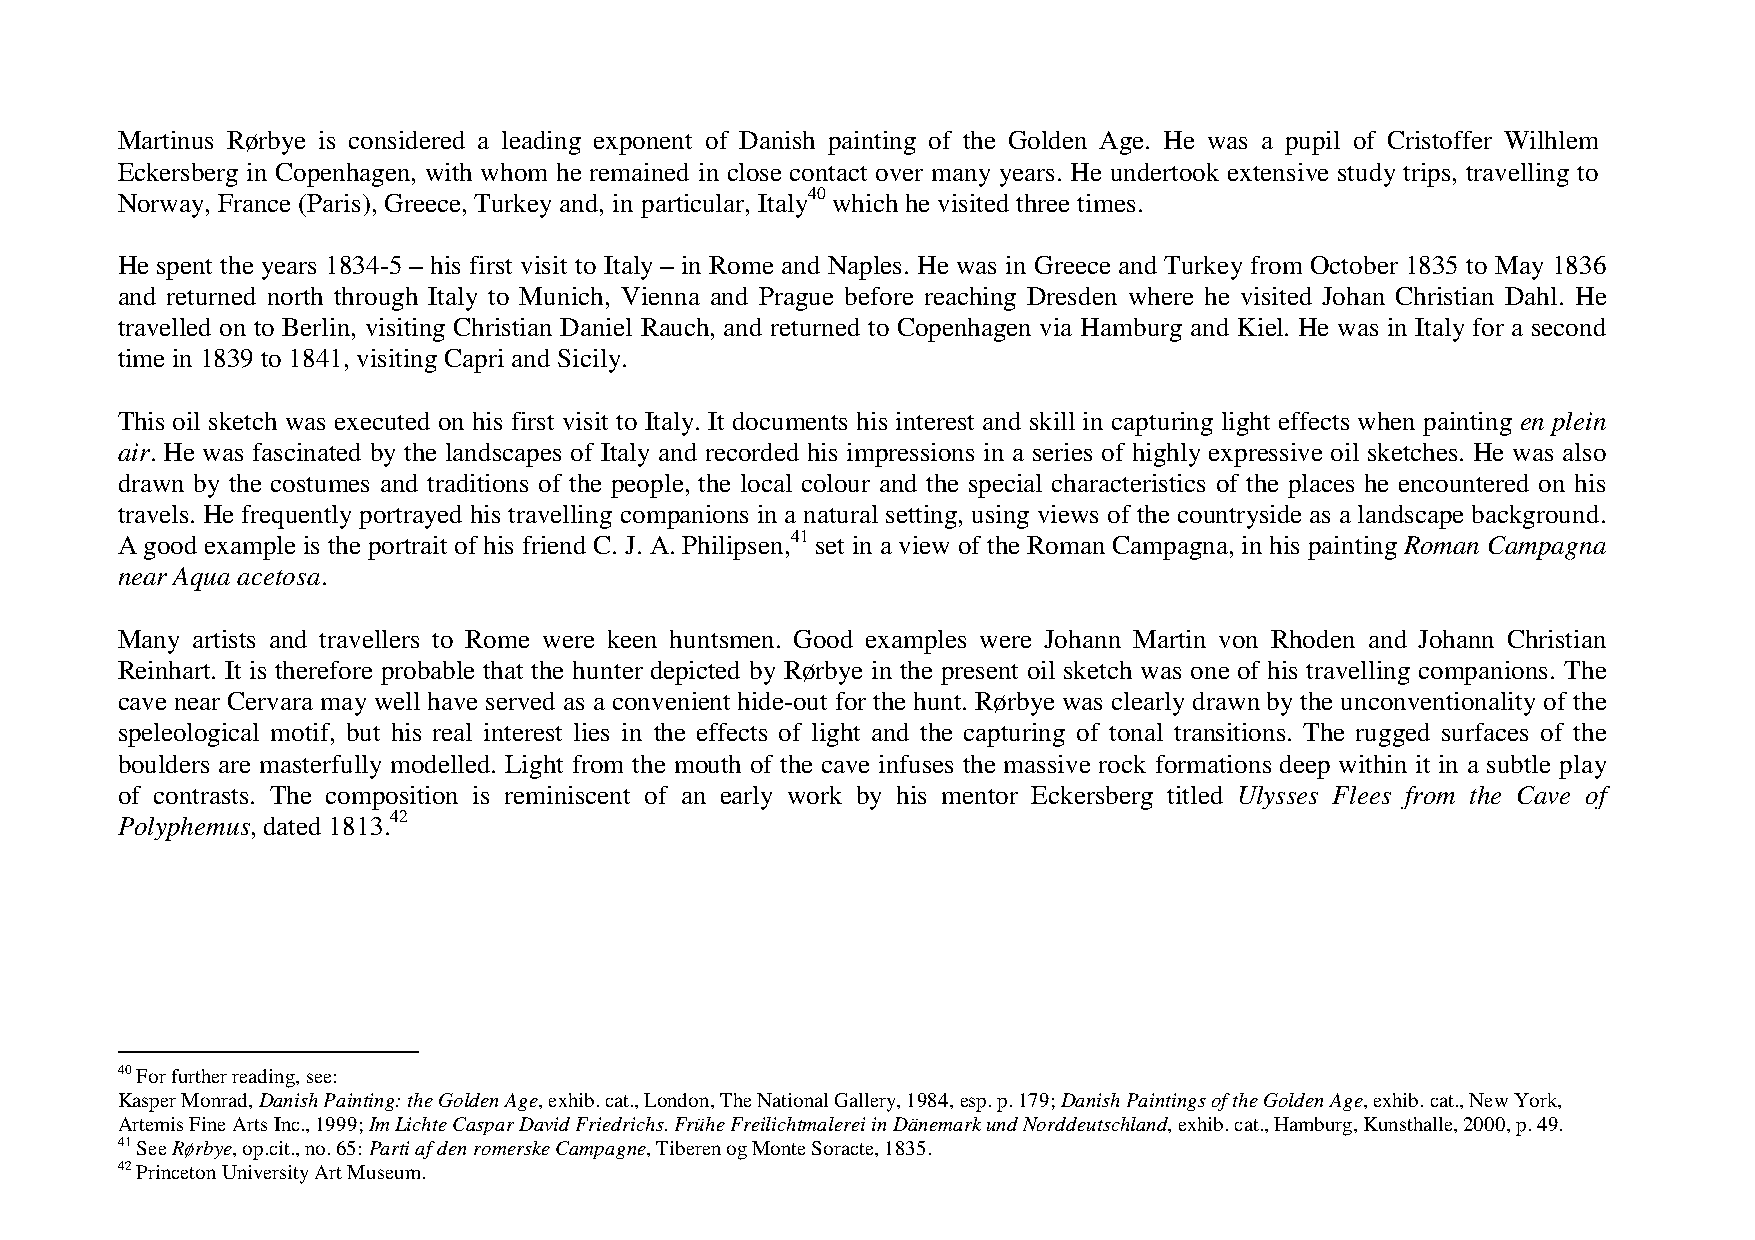
Martinus Rørbye is considered a leading exponent of Danish painting of the Golden Age. He was a pupil of Cristoffer Wilhlem
 Eckersberg in Copenhagen, with whom he remained in close contact over many years. He undertook extensive study trips, travelling to
 Norway, France (Paris), Greece, Turkey and, in particular, Italy40 which he visited three times.
 He spent the years 1834-5 – his first visit to Italy – in Rome and Naples. He was in Greece and Turkey from October 1835 to May 1836
 and returned north through Italy to Munich, Vienna and Prague before reaching Dresden where he visited Johan Christian Dahl. He
 travelled on to Berlin, visiting Christian Daniel Rauch, and returned to Copenhagen via Hamburg and Kiel. He was in Italy for a second
 time in 1839 to 1841, visiting Capri and Sicily.
 This oil sketch was executed on his first visit to Italy. It documents his interest and skill in capturing light effects when painting en plein
 air. He was fascinated by the landscapes of Italy and recorded his impressions in a series of highly expressive oil sketches. He was also
 drawn by the costumes and traditions of the people, the local colour and the special characteristics of the places he encountered on his
 travels. He frequently portrayed his travelling companions in a natural setting, using views of the countryside as a landscape background.
 A good example is the portrait of his friend C. J. A. Philipsen,41 set in a view of the Roman Campagna, in his painting Roman Campagna
 near Aqua acetosa.
 Many artists and travellers to Rome were keen huntsmen. Good examples were Johann Martin von Rhoden and Johann Christian
 Reinhart. It is therefore probable that the hunter depicted by Rørbye in the present oil sketch was one of his travelling companions. The
 cave near Cervara may well have served as a convenient hide-out for the hunt. Rørbye was clearly drawn by the unconventionality of the
 speleological motif, but his real interest lies in the effects of light and the capturing of tonal transitions. The rugged surfaces of the
 boulders are masterfully modelled. Light from the mouth of the cave infuses the massive rock formations deep within it in a subtle play
 of contrasts. The composition is reminiscent of an early work by his mentor Eckersberg titled Ulysses Flees from the Cave of
 Polyphemus, dated 1813.42
 40 For further reading, see:
 Kasper Monrad, Danish Painting: the Golden Age, exhib. cat., London, The National Gallery, 1984, esp. p. 179; Danish Paintings of the Golden Age, exhib. cat., New York,
 Artemis Fine Arts Inc., 1999; Im Lichte Caspar David Friedrichs. Frühe Freilichtmalerei in Dänemark und Norddeutschland, exhib. cat., Hamburg, Kunsthalle, 2000, p. 49.
 41 See Rørbye, op.cit., no. 65: Parti af den romerske Campagne, Tiberen og Monte Soracte, 1835.
 42 Princeton University Art Museum.